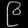
Digit: ၉